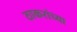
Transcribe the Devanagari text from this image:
ठाकरांच्या